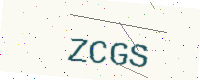
Text: ZCGS